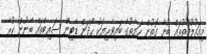
މިމައުލޫމާތުތައް ބުނާ ގޮތުން ހަޔާތުގެ ބައިވެރިޔަކު ހޯދަން ޑޭޓިން ސައިޓްތައް ބޭނުން ކުރާ